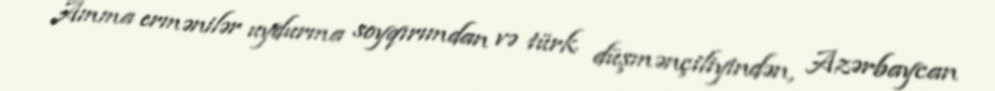
Amma ermənilər uydurma soyqırımdan və türk düşmənçiliyindən, Azərbaycan